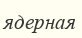
ядерная